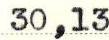
30,13